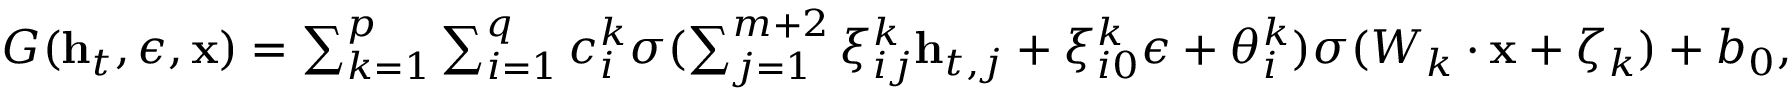
\begin{array} { r } { G ( \mathbf { h } _ { t } , \epsilon , \mathbf { x } ) = \sum _ { k = 1 } ^ { p } \sum _ { i = 1 } ^ { q } c _ { i } ^ { k } \sigma ( \sum _ { j = 1 } ^ { m + 2 } \xi _ { i j } ^ { k } \mathbf { h } _ { t , j } + \xi _ { i 0 } ^ { k } \epsilon + \theta _ { i } ^ { k } ) \sigma ( W _ { k } \cdot \mathbf { x } + \zeta _ { k } ) + b _ { 0 } , } \end{array}